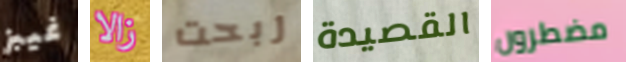
غيبز زالا ربحت القصيدة مضطرون